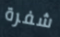
شفرة